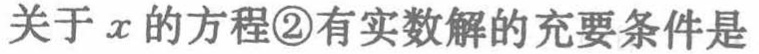
关于\(x\)的方程\textcircled{2}有实数解的充要条件是